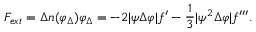
F _ { e x t } = \Delta n ( \varphi _ { \Delta } ) \varphi _ { \Delta } = - 2 | \psi \Delta \varphi | f ^ { \prime } - { \frac { 1 } { 3 } } | \psi ^ { 2 } \Delta \varphi | f ^ { \prime \prime \prime } .